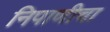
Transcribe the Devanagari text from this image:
निपाणीचा